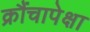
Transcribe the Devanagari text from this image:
क्रौंचापेक्षा